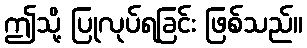
ဤသို့ ပြုလုပ်ရခြင်း ဖြစ်သည်။